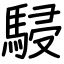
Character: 駸